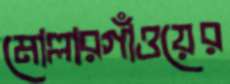
মোল্লারগাঁওয়ের